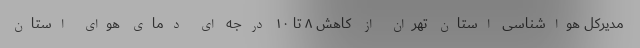
مدیرکل هواشناسی استان تهران از کاهش ۸ تا ۱۰ درجه ای دمای هوای استان